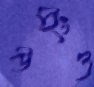
উইংও